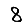
Digit: 8